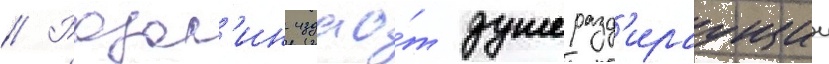
// Розал'ин издао́т душеразд'ираущии